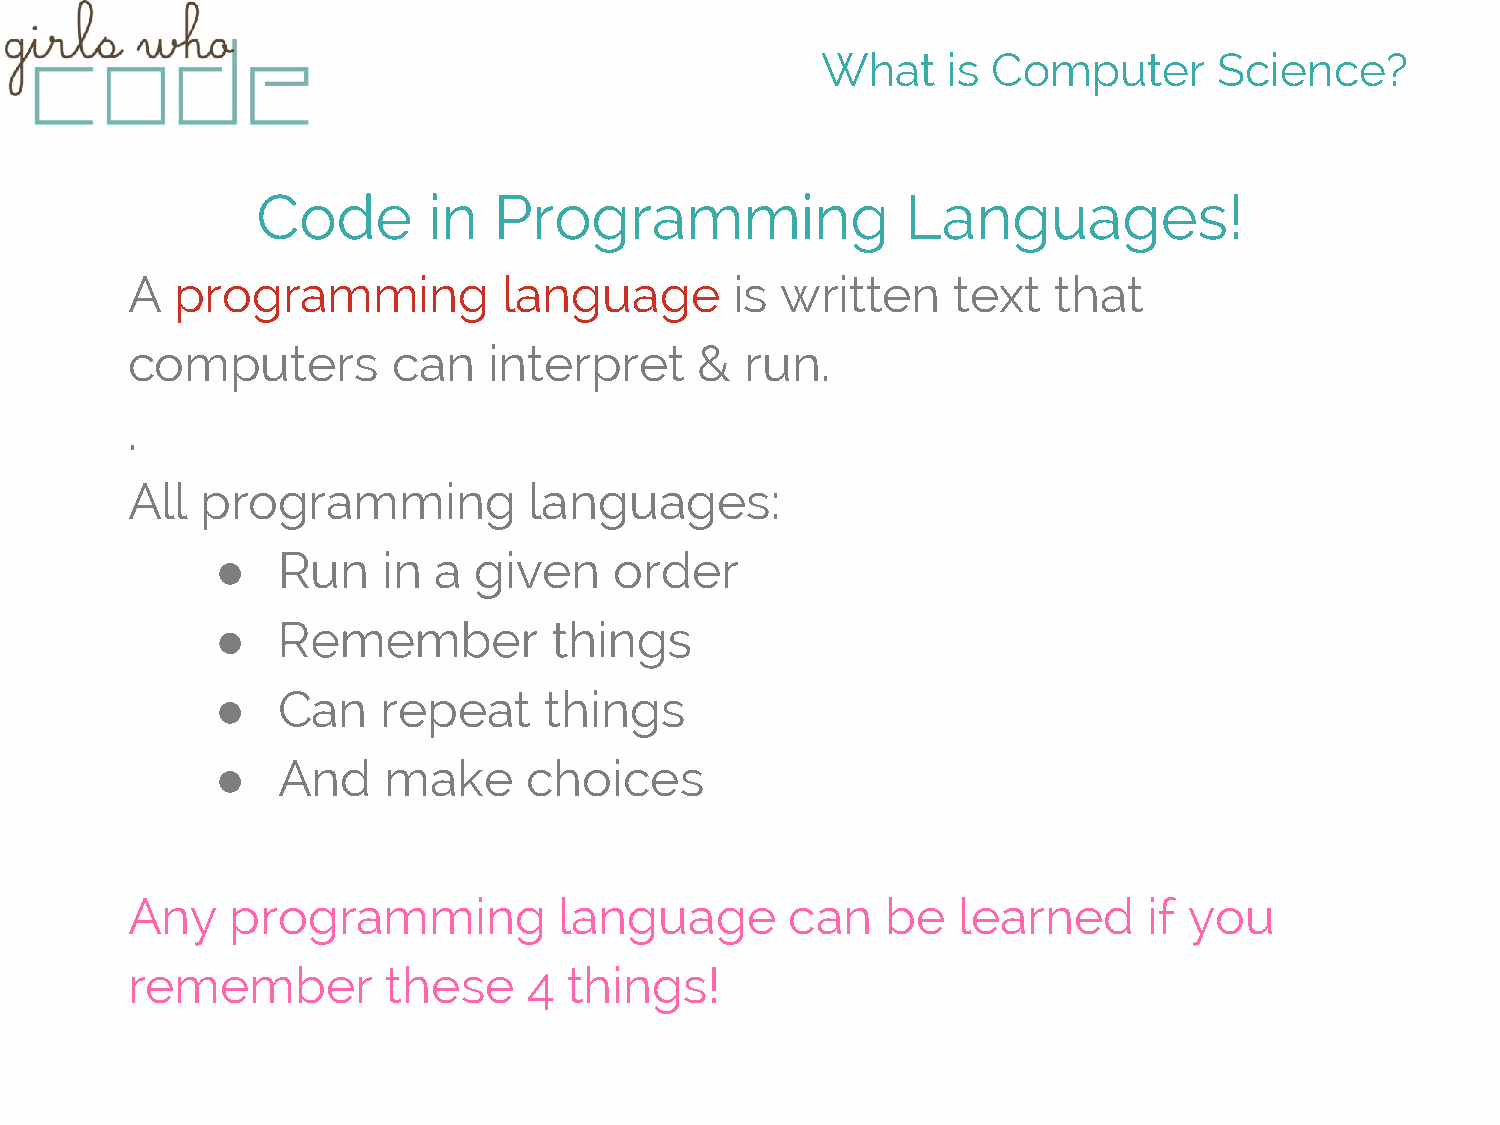
What     is Computer       Science?
 Code       in   Programming                Languages!
 A   programming          language        is written    text   that
 computers         can   interpret     &  run.
 .
 All  programming           languages:
 ●   Run    in  a given     order
 ●   Remember           things
 ●   Can    repeat     things
 ●   And    make      choices
 Any    programming           language       can    be  learned      if you
 remember          these    4  things!